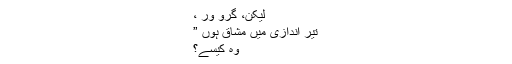
لیکن، گرو ور ،
تیر اندازی میں مشّاق ہوں ”
وہ کیسے؟